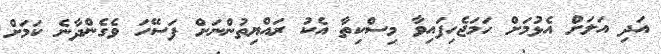
އަދި އަލަށް އެޅުމަށް ހަމަޖެހިފައިވާ މިސްކިތާ އެކު ރައްޔިތުންނަށް ފަސޭހަ ވެގެންދާނެ ކަމަށް